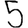
Digit: 5